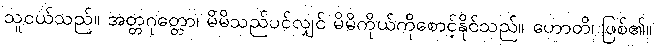
သူငယ်သည်။ အတ္တဂုတ္တော၊ မိမိသည်ပင်လျှင် မိမိကိုယ်ကိုစောင့်နိုင်သည်။ ဟောတိ၊ ဖြစ်၏။